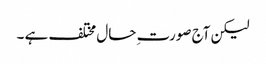
لیکن آج صورت ِحال مختلف ہے ۔